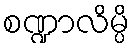
စဏ္ဍာလိမ္ပိ